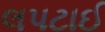
લપટાઈ